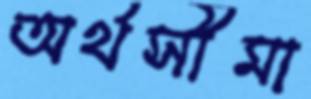
অর্থসীমা